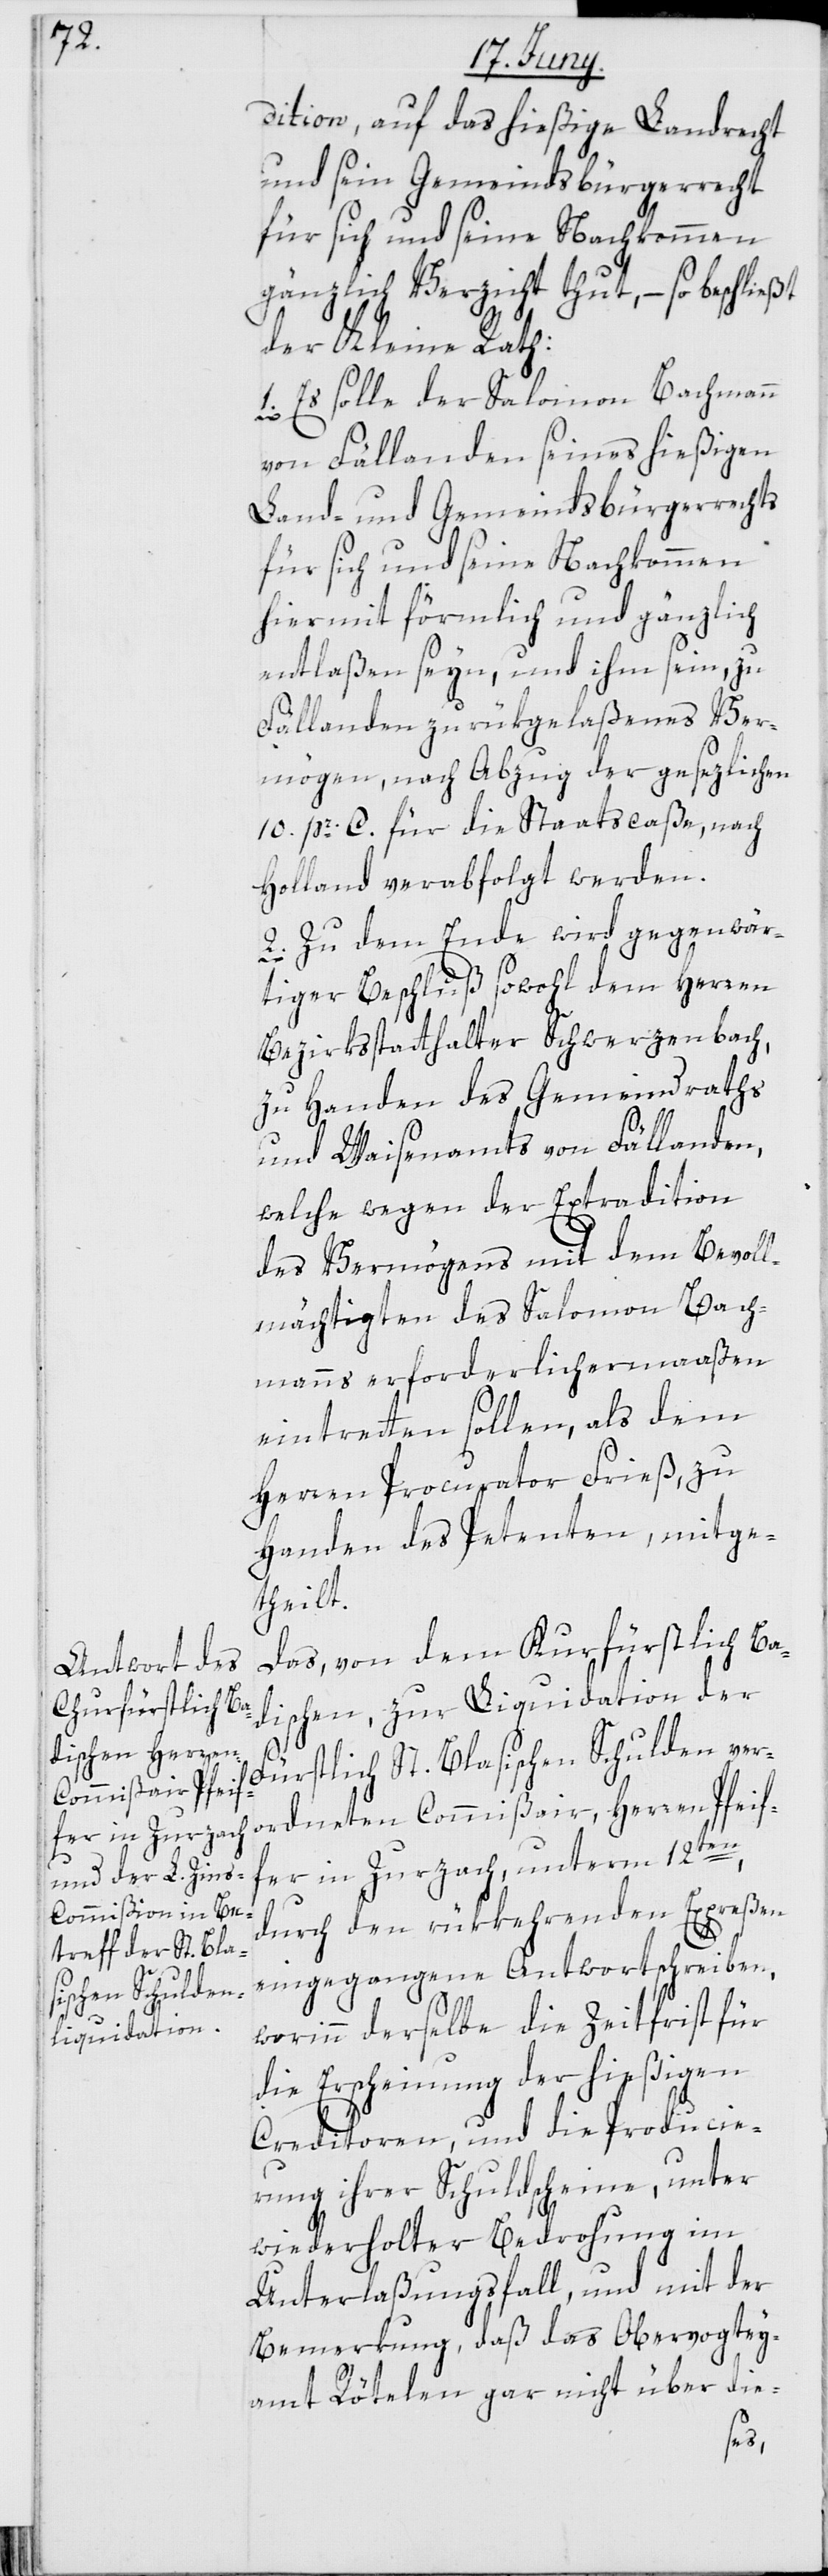
dition, auf das hießige Landrecht
und sein Gemeindsbürgerrecht
für sich und seine Nachkommen
gänzlich Verzicht thut, – so beschließt
der Kleine Rath:
1. Es solle der Salomon Bachmann
von Fällanden seines hießigen
Land- und Gemeindsbürgerrechts
für sich und seine Nachkommen
hiermit förmlich und gänzlich
entlaßen seyn, und ihm sein zu
Fällanden zurükgelaßenes Ver¬
mögen nach Abzug der gesezlichen
10. pr. C. für die Staatscaße, nach
Holland verabfolgt werden.
2. Zu dem Ende wird gegenwär¬
tiger Beschluß sowohl dem Herren
Bezirksstatthalter Schwerzenbach,
zu Handen des Gemeindraths
und Waisenamts von Fällanden,
welche wegen der Extradition
des Vermögens mit dem Bevoll¬
mächtigten des Salomon Bach¬
manns erforderlichermaaßen
eintretten sollen, als dem
Herren Procurator Frieß, zu
Handen des Petenten mitge¬
theilt.
Das, von dem Kurfürstlich Ba¬
dischen, zur Liquidation der
Fürstlich St. Blasischen Schulden ver¬
ordneten Commißair, Herren Pfeif¬
fer in Zurzach, unterm 12ten,
durch den rükkehrenden Expreßen
eingegangene Antwortschreiben,
worinn derselbe die Zeitfrist für
die Erscheinung der hießigen
Creditoren, und die Producie¬
rung ihrer Schuldscheine, unter
wiederholter Bedrohung im
Unterlaßungsfall, und mit der
Bemerkung, daß das Obervogtey¬
amt Rötelen gar nicht über die-